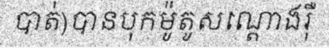
បាត់)បានបុកម៉ូតូសណ្តោងរ៉ឺ